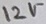
Text: 12V